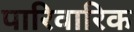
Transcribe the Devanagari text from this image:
पारिवारिक